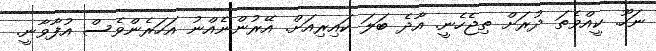
ނަހޫ. ކީއްވެތަ ދުރަށް ތިޖެހެނީ. އާދެ ބަލަ ކައިރިއަށް. އޭރުންނެއްނު އަހަރެންވެސް އުފާވާނީ.